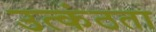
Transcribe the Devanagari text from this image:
उत्कंठता